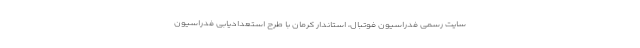
سایت رسمی فدراسیون فوتبال، استاندار کرمان با طرح استعدادیابی فدراسیون